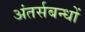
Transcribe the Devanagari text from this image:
अंतर्सबन्धों